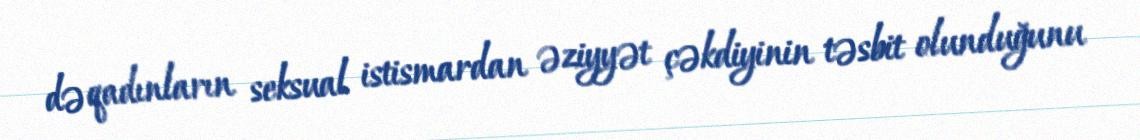
də qadınların seksual istismardan əziyyət çəkdiyinin təsbit olunduğunu